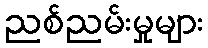
ညစ်ညမ်းမှုများ